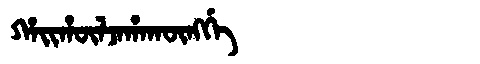
Manchu: ᡥᠠᡳᡥᡡᠯᠵᠠᡥᠠᡴᡡᠩᡤᡝ
Romanization: HAIHŪLJAHAKŪNGGE